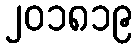
၂၀၁၈၁၉